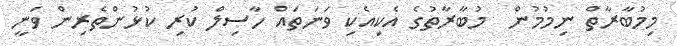
މިމުބާރާތް ނިމުމުން  މުބާރާތުގެ އެކިއެކި ވަނަތައް ހާސިލް ކުރި ކުޅުންތެރިން ވަނީ